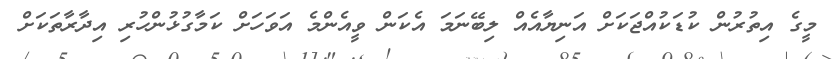
މީގެ އިތުރުން ކުޑަކުއްޖަކަށް އަނިޔާއެއް ލިބޭނަމަ އެކަން ވީއެންމެ އަވަހަށް ކަމާގުޅުންހުރި އިދާރާތަކަށް